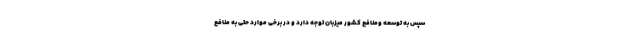
سپس به توسعه ومنافع كشور ميزبان توجه دارد و در برخی موارد حتی به منافع